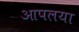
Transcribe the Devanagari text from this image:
आपलया